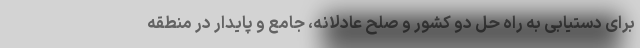
برای دستیابی به راه حل دو کشور و صلح عادلانه، جامع و پایدار در منطقه